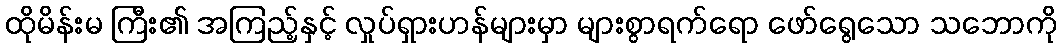
ထိုမိန်းမ ကြီး၏ အကြည့်နှင့် လှုပ်ရှားဟန်များမှာ များစွာရက်ရော ဖော်ရွေသော သဘောကို